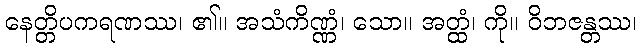
နေတ္တိပကရဏဿ၊ ၏။ အသံကိဏ္ဏံ၊ သော။ အတ္ထံ၊ ကို။ ဝိဘဇန္တဿ၊